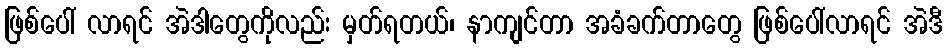
ဖြစ်ပေါ် လာရင် အဲဒါတွေကိုလည်း မှတ်ရတယ်၊ နာကျင်တာ အခံခက်တာတွေ ဖြစ်ပေါ်လာရင် အဲဒီ